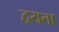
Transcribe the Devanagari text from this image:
द्वयता